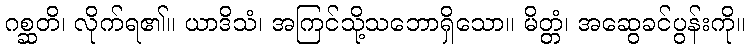
ဂစ္ဆတိ၊ လိုက်ရ၏။ ယာဒိသံ၊ အကြင်သို့သဘောရှိသော။ မိတ္တံ၊ အဆွေခင်ပွန်းကို။